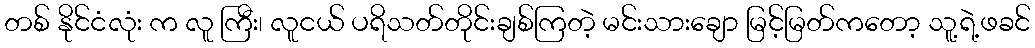
တစ် နိုင်ငံလုံး က လူ ကြီး၊ လူငယ် ပရိသတ်တိုင်းချစ်ကြတဲ့ မင်းသားချော မြင့်မြတ်ကတော့ သူ့ရဲ့ဖခင်